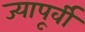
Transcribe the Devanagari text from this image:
ज्यापूर्वी